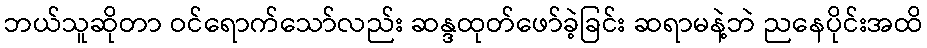
ဘယ်သူဆိုတာ ဝင်ရောက်သော်လည်း ဆန္ဒထုတ်ဖော်ခဲ့ခြင်း ဆရာမနဲ့ဘဲ ညနေပိုင်းအထိ